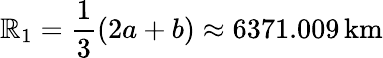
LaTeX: \mathbb{R}_{1}={\frac{{1}}{{3}}}(2a+b)\approx6371.009\, \mathrm{{km}}